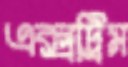
এক্সট্রিম